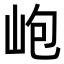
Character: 𡶄